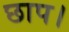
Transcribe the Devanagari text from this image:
छाप।